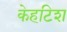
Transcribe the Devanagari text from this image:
केहटिश